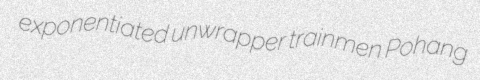
exponentiated unwrapper trainmen Pohang